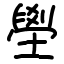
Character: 壆